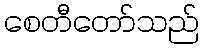
စေတီတော်သည်